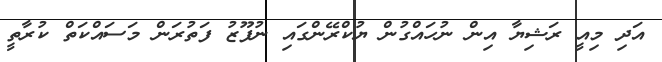
އަދި މިއީ ރަޝިޔާ އިން ނުހައްގުން ޔުކްރޭންގައި ނުފޫޒު ފަތުރަން މަސައްކަތް ކުރާތީ